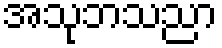
အသုဘသညာ